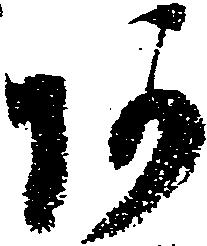
阿